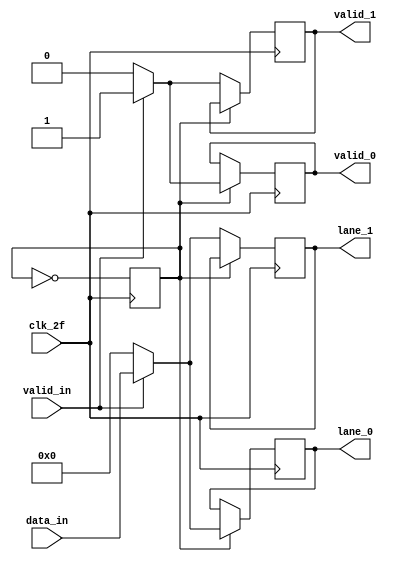
module byte_striping(
    input clk_2f,
    input [31:0] data_in,
    input valid_in,
    output reg [31:0] lane_0,
    output reg [31:0] lane_1,
    output reg valid_0,
    output reg valid_1
);

    reg counter = 0;
initial begin
    lane_0<=32'h00000000;
    lane_1<=32'h00000000;
    valid_0 <= 1'b1;
    valid_1 <= 1'b1;

end
    always @(posedge clk_2f ) begin
        if (counter==1) 
            begin
            if (valid_in ==0) 
                begin
                    valid_0 <= 1'b0;
                    lane_0 <= 32'h00000000;
                    
                end 
            else 
                begin
                    valid_0 <= 1'b1;
                    lane_0 <= data_in;
       
                end
            
            
            end 
            
        else begin
                if (valid_in ==0) 
                begin
                    valid_1 <= 1'b0;
                    lane_1 <= 32'h00000000;   
                end 
                else 
                begin
                    valid_1 <= 1'b1;
                    lane_1 <= data_in;    
                end
            
            end
        counter = ~counter;
    end
        

endmodule